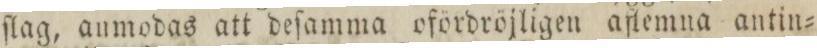
ſlag, aumodas att deſamma ofördröjligen aflemna antin=